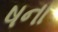
ષના